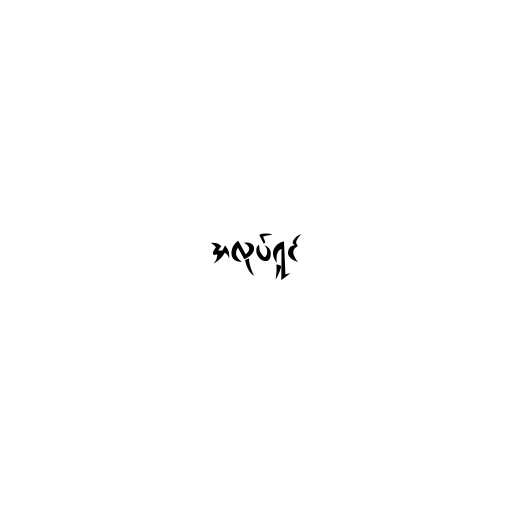
အလုပ်ရှင်